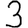
Digit: 3